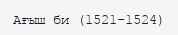
Ағыш би (1521-1524)